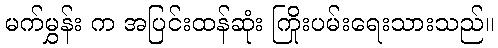
မက်မွှန်း က အပြင်းထန်ဆုံး ကြိုးပမ်းရေးသားသည်။